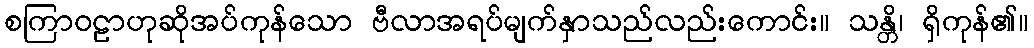
စကြာဝဠာဟုဆိုအပ်ကုန်သော ဗီလာအရပ်မျက်နှာသည်လည်းကောင်း။ သန္တိ၊ ရှိကုန်၏။